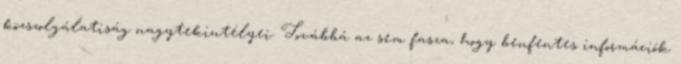
közszolgálatiság nagytekintélyei. Továbbá az sem fasza, hogy benfentes információk